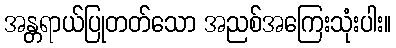
အန္တရာယ်ပြုတတ်သော အညစ်အကြေးသုံးပါး။